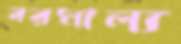
বরমাল্য